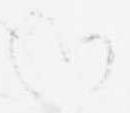
給